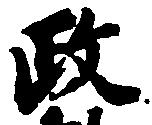
政